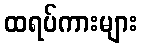
ထရပ်ကားများ